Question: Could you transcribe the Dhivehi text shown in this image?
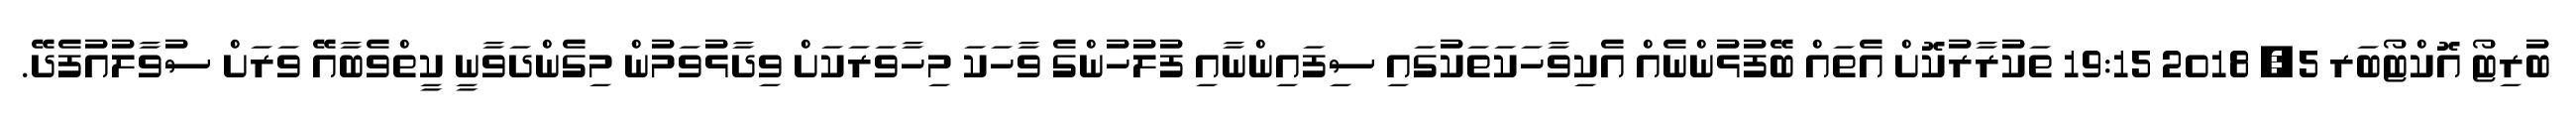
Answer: ބުރިޓޯ އޮކްޓޯބަރ 5, 2018 19:15 ތަކުރާރުކޮށް އެތައް ބޭފުޅުންނެއް އެކިވާހަކަތަކުގައި ސިފައިންނާއި ފުލުހުންގެ ވާހަކަ މިހާވަރަކަށް ވިދާޅުވަމުން މިގެންދަވާނީ ކީތްވެބާއޭ ވަރަށް ސުވާލުއުފެދޭ.